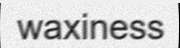
waxiness